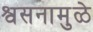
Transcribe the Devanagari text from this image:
श्वसनामुळे